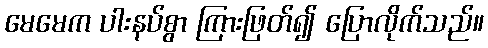
မေမေက ပါးနပ်စွာ ကြားဖြတ်၍ ပြောလိုက်သည်။